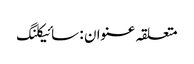
متعلقہ عنوان : سائیکلنگ